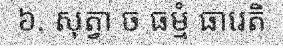
៦. សុត្វា ច ធម្មំ ធារេតិ